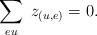
LaTeX: \begin{align*}\sum_{e u} \;z_{(u,e)} = 0.\end{align*}